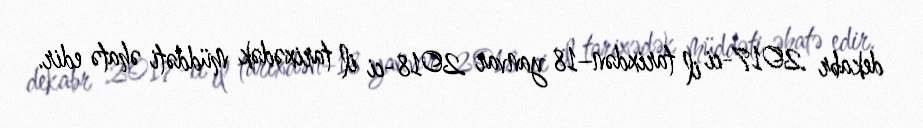
dekabr 2017-ci il tarixdən–18 yanvar 2018-ci il tarixədək müddəti əhatə edir.